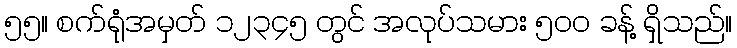
၅၅။ စက်ရုံအမှတ် ၁၂၃၄၅ တွင် အလုပ်သမား ၅၀၀ ခန့် ရှိသည်။